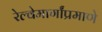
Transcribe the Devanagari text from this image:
रेल्वेमार्गांप्रमाणे